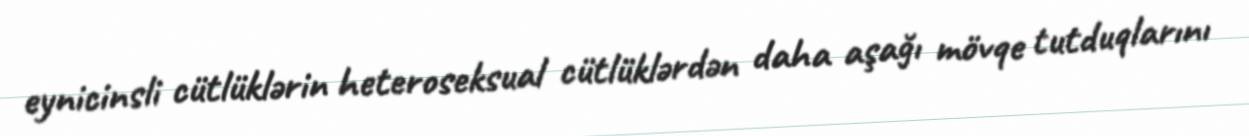
eynicinsli cütlüklərin heteroseksual cütlüklərdən daha aşağı mövqe tutduqlarını